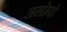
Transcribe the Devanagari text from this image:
अल्फ्रेदो